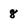
Character: 8